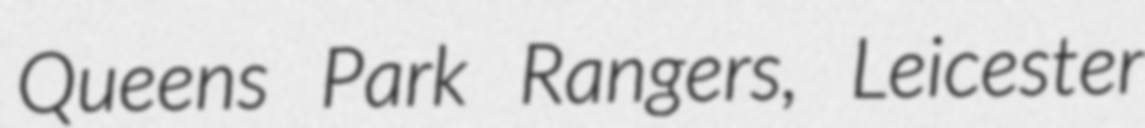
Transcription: Queens Park Rangers, Leicester